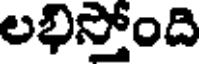
లభిస్తోంది